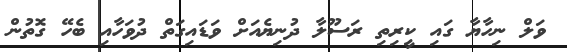
ވަލް ނިހާޔާ ގައި ކީރިތި ރަސޫލާ ދުނިޔެއަށް ވަޑައިގަތް ދުވަހާއި ބެހޭ ގޮތުން